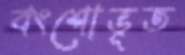
বংশোভূত